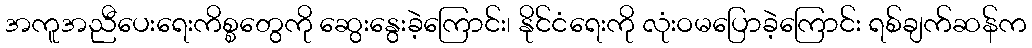
အကူအညီပေးရေးကိစ္စတွေကို ဆွေးနွေးခဲ့ကြောင်း၊ နိုင်ငံရေးကို လုံးဝမပြောခဲ့ကြောင်း ရစ်ချက်ဆန်က